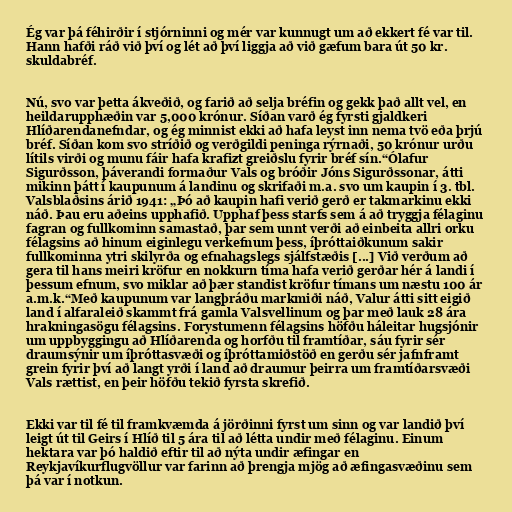
Ég var þá féhirðir í stjórninni og mér var kunnugt um að ekkert fé var til.
Hann hafði ráð við því og lét að því liggja að við gæfum bara út 50 kr.
skuldabréf.

Nú, svo var þetta ákveðið, og farið að selja bréfin og gekk það allt vel, en
heildarupphæðin var 5,000 krónur. Síðan varð ég fyrsti gjaldkeri
Hlíðarendanefndar, og ég minnist ekki að hafa leyst inn nema tvö eða þrjú
bréf. Síðan kom svo stríðið og verðgildi peninga rýrnaði, 50 krónur urðu
lítils virði og munu fáir hafa krafizt greiðslu fyrir bréf sín.“Ólafur
Sigurðsson, þáverandi formaður Vals og bróðir Jóns Sigurðssonar, átti
mikinn þátt í kaupunum á landinu og skrifaði m.a. svo um kaupin í 3. tbl.
Valsblaðsins árið 1941: „Þó að kaupin hafi verið gerð er takmarkinu ekki
náð. Þau eru aðeins upphafið. Upphaf þess starfs sem á að tryggja félaginu
fagran og fullkominn samastað, þar sem unnt verði að einbeita allri orku
félagsins að hinum eiginlegu verkefnum þess, íþróttaiðkunum sakir
fullkominna ytri skilyrða og efnahagslegs sjálfstæðis [...] Við verðum að
gera til hans meiri kröfur en nokkurn tíma hafa verið gerðar hér á landi í
þessum efnum, svo miklar að þær standist kröfur tímans um næstu 100 ár
a.m.k.“Með kaupunum var langþráðu markmiði náð, Valur átti sitt eigið
land í alfaraleið skammt frá gamla Valsvellinum og þar með lauk 28 ára
hrakningasögu félagsins. Forystumenn félagsins höfðu háleitar hugsjónir
um uppbyggingu að Hlíðarenda og horfðu til framtíðar, sáu fyrir sér
draumsýnir um íþróttasvæði og íþróttamiðstöð en gerðu sér jafnframt
grein fyrir því að langt yrði í land að draumur þeirra um framtíðarsvæði
Vals rættist, en þeir höfðu tekið fyrsta skrefið.

Ekki var til fé til framkvæmda á jörðinni fyrst um sinn og var landið því
leigt út til Geirs í Hlíð til 5 ára til að létta undir með félaginu. Einum
hektara var þó haldið eftir til að nýta undir æfingar en
Reykjavíkurflugvöllur var farinn að þrengja mjög að æfingasvæðinu sem
þá var í notkun.